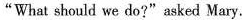
"What should we do?"asked Mary.